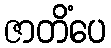
ဇာတိံပေ